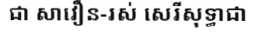
ជា សាវឿន-រស់ សេរីសុទ្ធាជា